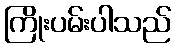
ကြိုးပမ်းပါသည်